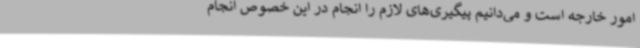
امور خارجه است و می‌دانیم پیگیری‌های لازم را انجام در این خصوص انجام